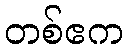
တစ်ဧက